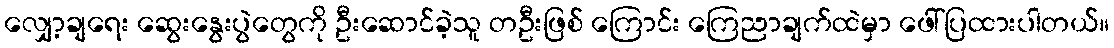
လျှော့ချရေး ဆွေးနွေးပွဲတွေကို ဦးဆောင်ခဲ့သူ တဦးဖြစ် ကြောင်း ကြေညာချက်ထဲမှာ ဖေါ်ပြထားပါတယ်။